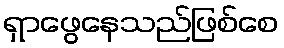
ရှာဖွေနေသည်ဖြစ်စေ